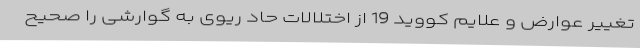
تغییر عوارض و علایم کووید 19 از اختلالات حاد ریوی به گوارشی را صحیح